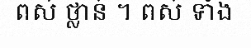
ពស់ ថ្លាន់ ។ ពស់ ទាំង